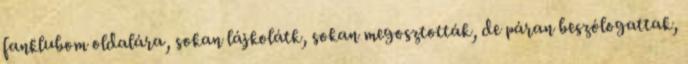
fanklubom oldalára, sokan lájkolátk, sokan megosztották, de páran beszólogattak,